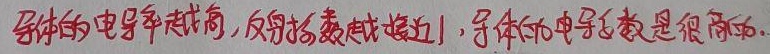
导体的电导率越高，反射指数就接近1，导体的电导系数是很高的.